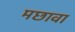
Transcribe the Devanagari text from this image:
मछावा